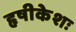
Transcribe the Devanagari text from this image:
हृषीकेशः